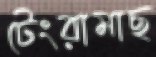
টেংরামাছ